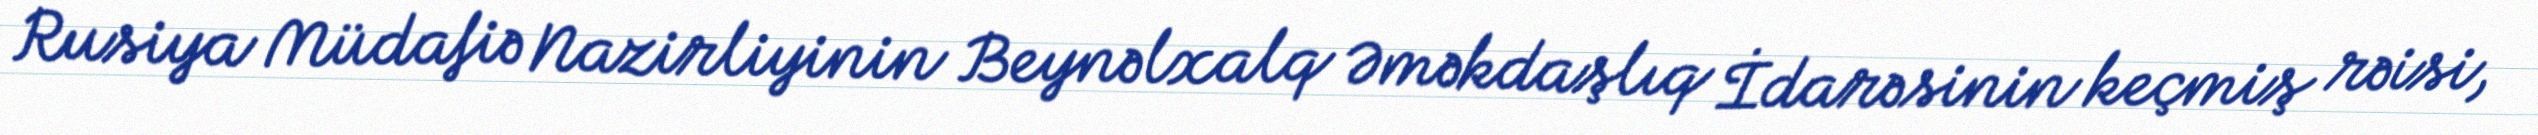
Rusiya Müdafiə Nazirliyinin Beynəlxalq Əməkdaşlıq İdarəsinin keçmiş rəisi,